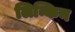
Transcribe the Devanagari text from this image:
लिन्किन